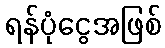
ရန်ပုံငွေအဖြစ်